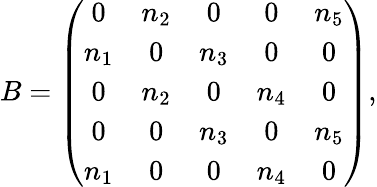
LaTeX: \begin{array}{r}{B=\left(\begin{array}{ccccc}{0}&{n_{2}}&{0}&{0}&{n_{5}}\\ {n_{1}}&{0}&{n_{3}}&{0}&{0}\\ {0}&{n_{2}}&{0}&{n_{4}}&{0}\\ {0}&{0}&{n_{3}}&{0}&{n_{5}}\\ {n_{1}}&{0}&{0}&{n_{4}}&{0}\end{array}\right),}\end{array}